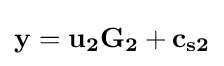
\mathbf {y=u_{2}G_{2}+c_{s2}}